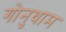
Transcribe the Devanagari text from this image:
गोनुधाम